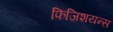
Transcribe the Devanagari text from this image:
फिजिशयन्स